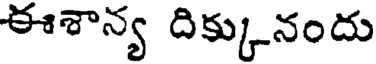
ఈశాన్య దిక్కునందు